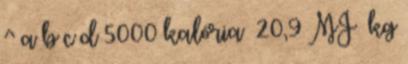
^ a b c d 5000 kalória ≈20,9 MJ kg